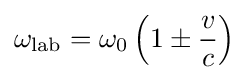
\omega _{\text{lab}}=\omega _{0}\left(1\pm {\frac {v}{c}}\right)